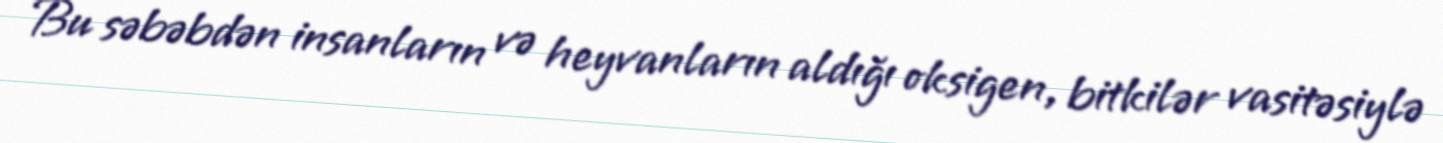
Bu səbəbdən insanların və heyvanların aldığı oksigen, bitkilər vasitəsiylə